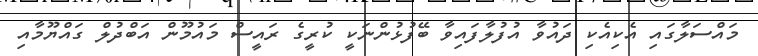
މައްސަލާގައި އެކިއެކި ދައުވާ އުފުލާފައިވާ ބޭފުޅުންނަކީ ކުރީގެ ރައީސް މައުމޫން އަބްދުލް ގައްޔޫމާއި